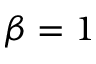
\beta = 1